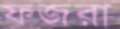
ফজরা